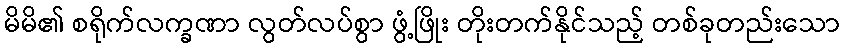
မိမိ၏ စရိုက်လက္ခဏာ လွတ်လပ်စွာ ဖွံ့ဖြိုး တိုးတက်နိုင်သည့် တစ်ခုတည်းသော